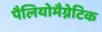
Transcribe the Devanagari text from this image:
पैलियोमैग्नेटिक